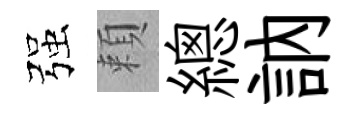
强頼總訥